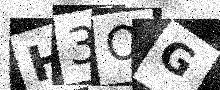
Text: H3OG